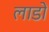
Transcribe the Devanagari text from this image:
लाडों